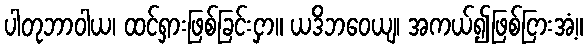
ပါတုဘာဝါယ၊ ထင်ရှားဖြစ်ခြင်းငှာ။ ယဒိဘဝေယျ၊ အကယ်၍ဖြစ်ငြားအံ့။